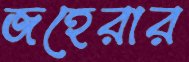
জহেরার